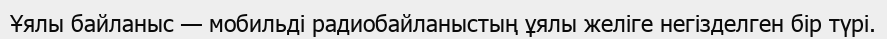
Ұялы байланыс — мобильді радиобайланыстың ұялы желіге негізделген бір түрі.